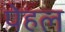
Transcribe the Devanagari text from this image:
पेहल